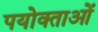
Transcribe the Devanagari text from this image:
पयोक्ताओं